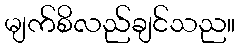
မျက်စိလည်ချင်သည။